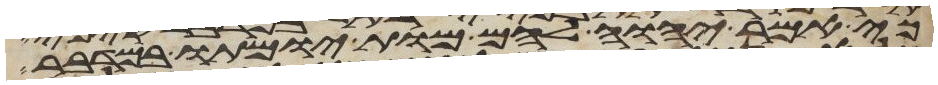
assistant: כי אמר יהוה להם מות ימותו במדבר